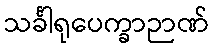
သင်္ခါရုပေက္ခာဉာဏ်